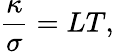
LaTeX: \frac{\kappa}{\sigma}=LT,